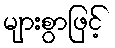
များစွာဖြင့်